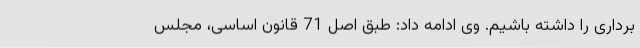
برداری را داشته باشیم. وی ادامه داد: طبق اصل 71 قانون اساسی، مجلس